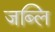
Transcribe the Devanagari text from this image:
जब्लि